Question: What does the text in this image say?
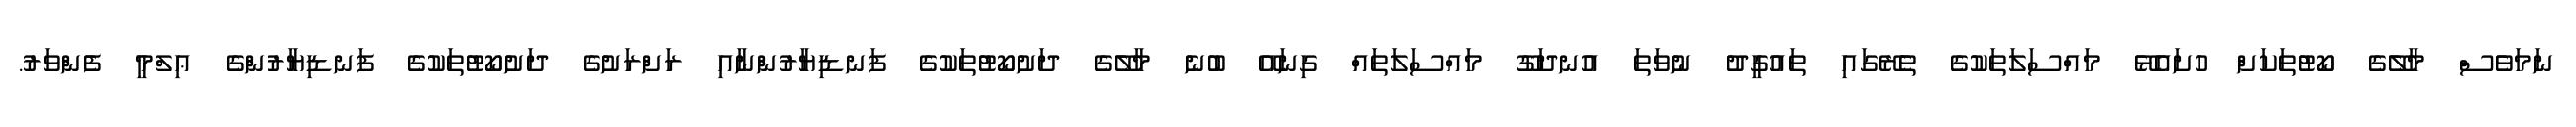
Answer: ނަމަވެސް މާލޭގެ ކޯޓުތަކަށް ހުށައެޅޭ މައްސަލަތަކުގެ ތެރޭގައި ތައުގީދު ނުވަތަ އުނދަގޫ މައްސަލަތައް ގިނައޭ ބުނެ މާލޭގެ ދަށުކޯޓުތަކުގެ ފަނޑިޔާރުންނާއި ރަށްރަށުގެ ދަށުކޯޓުތަކުގެ ފަނޑިޔާރުންގެ ޢިލްމީ ފެންވަރު.